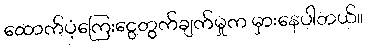
ထောက်ပံ့ကြေးငွေတွက်ချက်မှုက မှားနေပါတယ်။